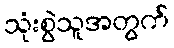
သုံးစွဲသူအတွက်